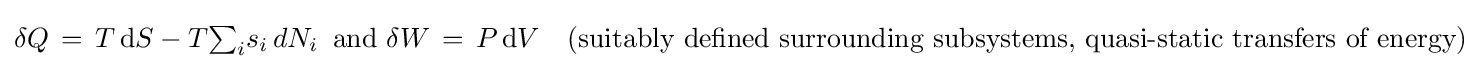
\delta Q\,=\,T\,\mathrm {d} S-T\textstyle {\sum _{i}}s_{i}\,dN_{i}\,{\text{   and    }}\delta W\,=\,P\,\mathrm {d} V\,\,\,\,\,\,{\text{(suitably defined surrounding subsystems, quasi-static transfers of energy)}}